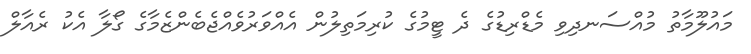
މައުލޫމާތު މުއްސަނދިވި މެޑްރިޑުގެ ދެ ޓީމުގެ ކުރިމަތިލުން އެއްވަރުވެއްޖެބެންޒެމާގެ ގޯލާ އެކު ރެއާލް